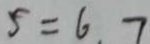
5 = 6 . 7